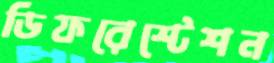
ডিফরেস্টেশন